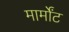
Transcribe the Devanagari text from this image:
मार्मोंट